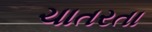
ચાતરતા